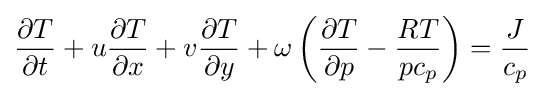
{\frac {\partial T}{\partial t}}+u{\frac {\partial T}{\partial x}}+v{\frac {\partial T}{\partial y}}+\omega \left({\frac {\partial T}{\partial p}}-{\frac {RT}{pc_{p}}}\right)={\frac {J}{c_{p}}}